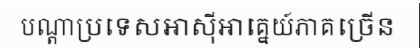
បណ្តាប្រទេសអាស៊ីអាគ្នេយ៍ភាគច្រើន